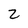
Character: z